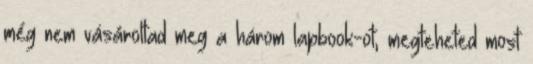
még nem vásároltad meg a három lapbook-ot, megteheted most